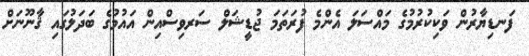
ފަނޑިޔާރުން ވަކިކުރުމުގެ މައްސަލަ އެންމެ ފުރަތަމަ ޖުޑީޝަލް ސަރވިސްއިން އައުމުގެ ބަދަލުގައި ޤާނޫނަށް